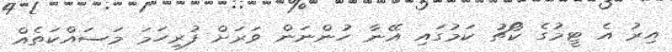
އިރު އެ ޓީމުގެ ކޯޗު ކަމުގައި އޭނާ ހުންނަން ވަރަށް ފުރިހަމަ މަސައްކަތެއް